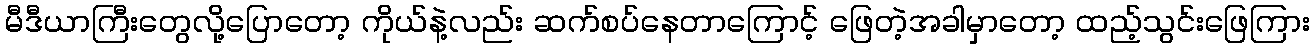
မီဒီယာကြီးတွေလို့ပြောတော့ ကိုယ်နဲ့လည်း ဆက်စပ်နေတာကြောင့် ဖြေတဲ့အခါမှာတော့ ထည့်သွင်းဖြေကြား